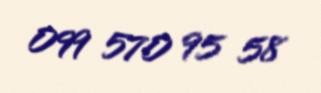
099 570 95 58